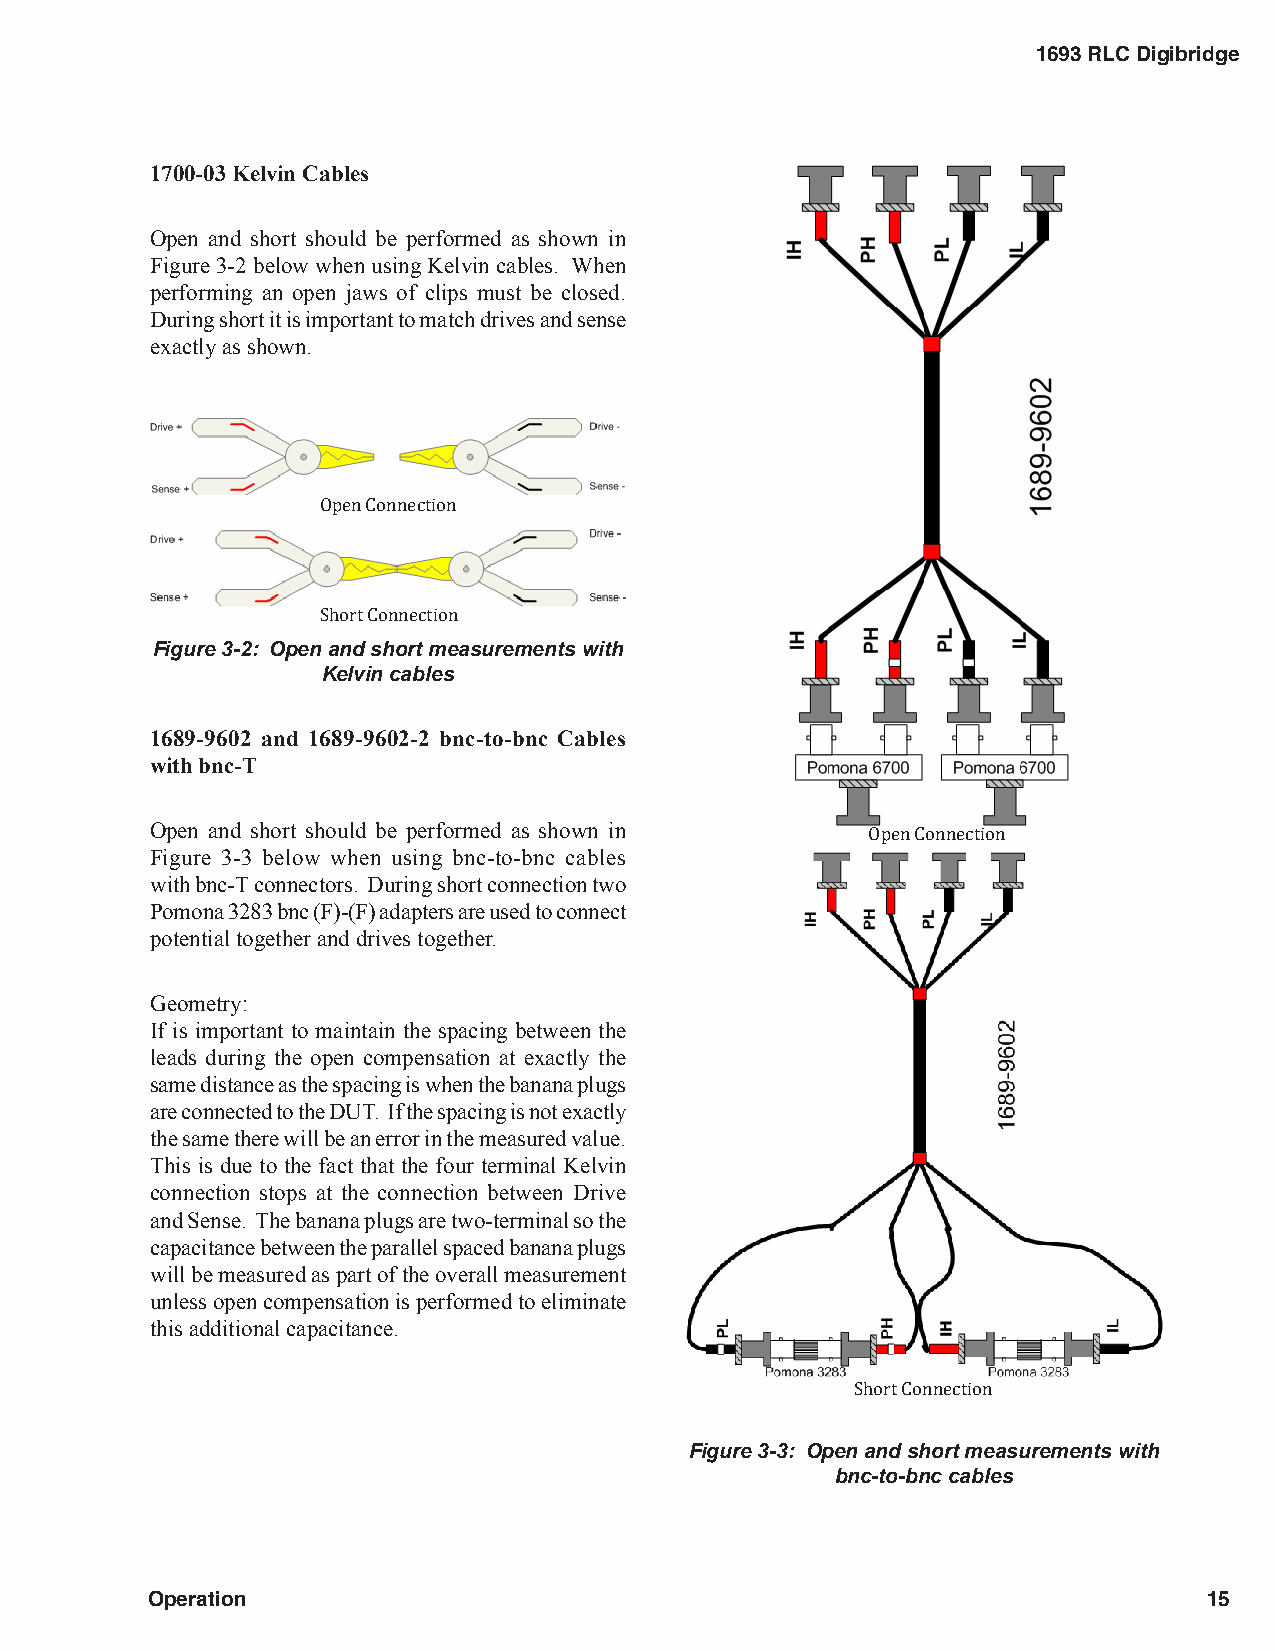
1693 RLC Digibridge
 1700-03 Kelvin Cables
 Open and short should be performed as shown in
 Figure 3-2 below when using Kelvin cables. When
 performing an open jaws of clips must be closed.
 During short it is important to match drives and sense
 exactly as shown.
 Open Connection
 Figure 3-2: OpenS ahonrdt Csohnonretc tmioneasurements with
 Kelvin cables
 1689-9602 and 1689-9602-2 bnc-to-bnc Cables
 with bnc-T
 Open and short should be performed as shown in
 Figure 3-3 below when using bnc-to-bnc cables
 Open Connection
 with bnc-T connectors. During short connection two
 Pomona 3283 bnc (F)-(F) adapters are used to connect
 potential together and drives together.
 Geometry:
 If is important to maintain the spacing between the
 leads during the open compensation at exactly the
 same distance as the spacing is when the banana plugs
 are connected to the DUT. If the spacing is not exactly
 the same there will be an error in the measured value.
 This is due to the fact that the four terminal Kelvin
 connection stops at the connection between Drive
 and Sense. The banana plugs are two-terminal so the
 capacitance between the parallel spaced banana plugs
 will be measured as part of the overall measurement
 unless open compensation is performed to eliminate
 this additional capacitance.
 Short Connection
 Figure 3-3: Open and short measurements with
 bnc-to-bnc cables
 Operation                                                             15